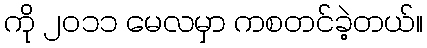
ကို ၂၀၁၁ မေလမှာ ကစတင်ခဲ့တယ်။